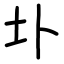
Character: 圤